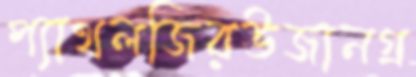
প্যাথলজিরউজানগ্র